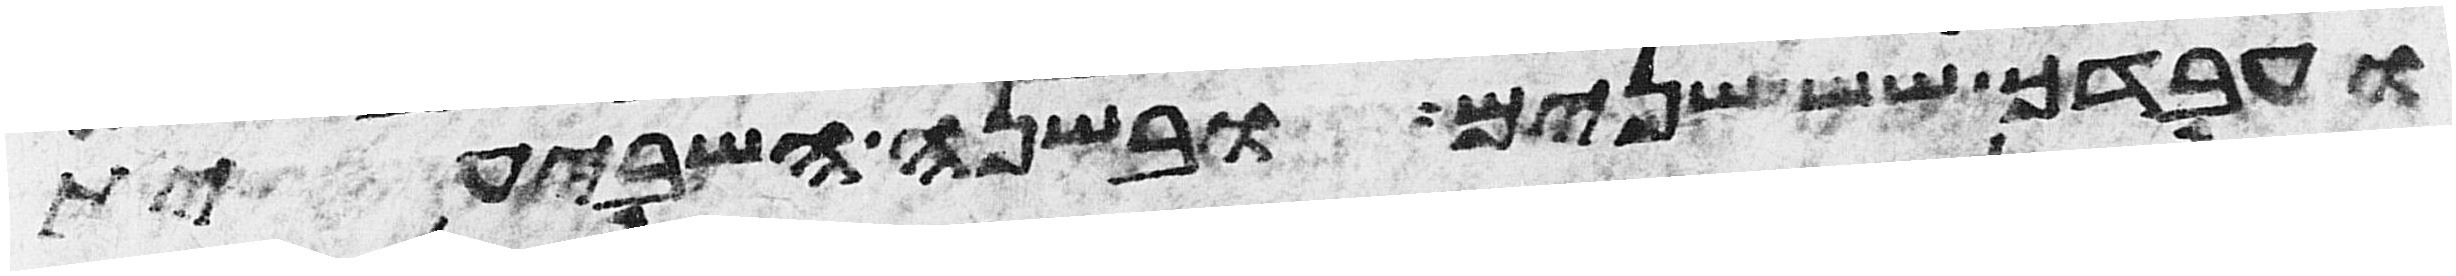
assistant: ועבדך שש שנים ובשנה השביעית